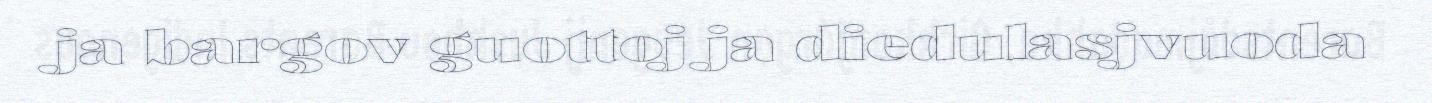
ja bargov guottoj ja diedulasjvuoda